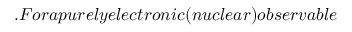
. F o r a p u r e l y e l e c t r o n i c ( n u c l e a r ) o b s e r v a b l e